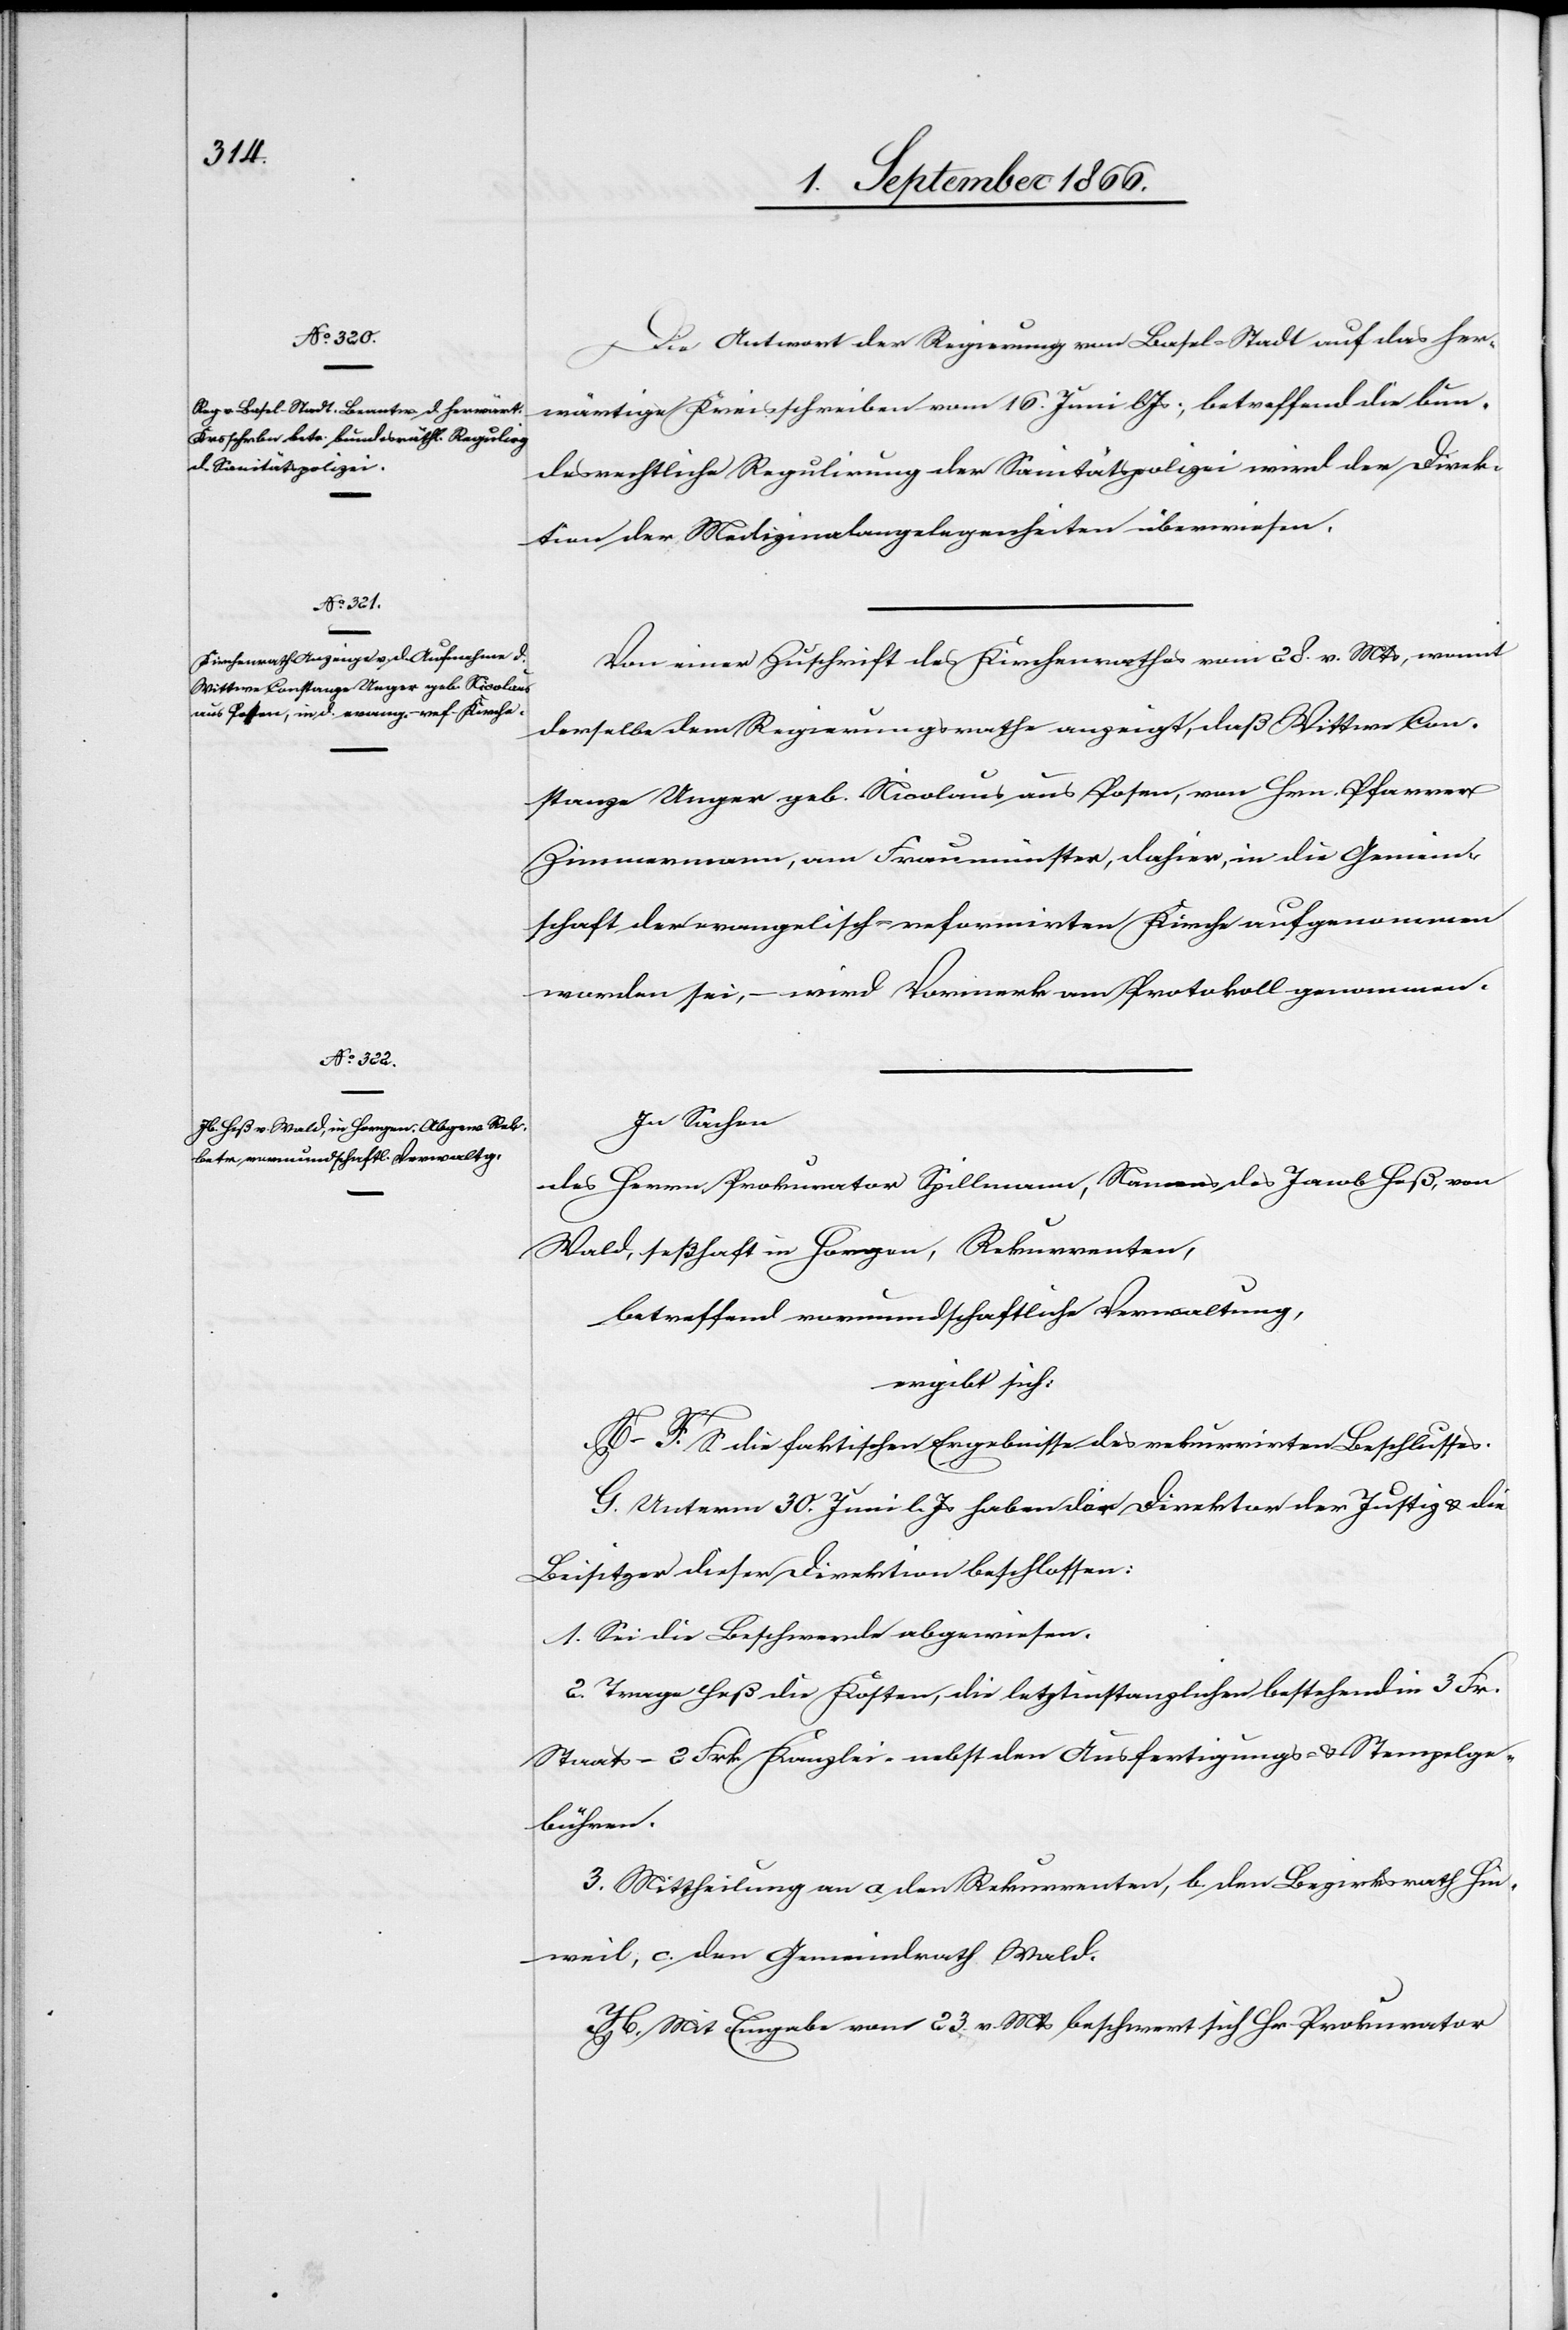
Die Antwort der Regierung von Basel-Stadt auf das her¬
wärtige Kreisschreiben vom 16. Juni lJs., betreffend die bun¬
desrechtliche Regulirung der Sanitätspolizei wird der Direk¬
tion der Medizinalangelegenheiten überwiesen.
Von einer Zuschrift des Kirchenrathes vom 28. v. Mts, womit
derselbe dem Regierungsrathe anzeigt, daß Wittwe Con¬
stanze Unger geb. Nicolaus aus Posen, von Hrn. Pfarrer
Zimmermann, am Fraumünster, dahier, in die Gemein¬
schaft der evangelisch-reformirten Kirche aufgenommen
worden sei, – wird Vormerk am Protokoll genommen.
In Sachen
des Herrn Prokurator Spillmann, Namens des Jacob Heß, von
Wald, seßhaft in Horgen, Rekurrenten,
betreffend vormundschaftliche Verwaltung,
ergibt sich:
A–F. S. die faktischen Ergebnisse des rekurrirten Beschlusses.
G. Unterm 30. Juni l. Js. haben die Direktion der Justiz u. die
Beisitzer dieser Direktion beschlossen:
1. Sei die Beschwerde abgewiesen.
2. Trage Heß die Kosten, letztinstanzlich bestehend in 3 Fr.
Staats- u. 2 Frk. Kanzlei- nebst den Ausfertigungs- u. Stempelge¬
bühren.
3. Mittheilung an a. den Rekurrenten, b. den Bezirksrath Hin¬
weil, c. den Gemeindrath Wald.
H. Mit Eingabe vom 23. v. Mts beschwert sich Hr. Prokurator